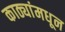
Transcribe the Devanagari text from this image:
काठ्यांमधून